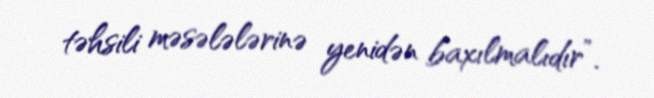
təhsili məsələlərinə yenidən baxılmalıdır”.